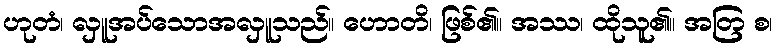
ဟုတံ၊ လှူအပ်သောအလှူသည်။ ဟောတိ၊ ဖြစ်၏။ အဿ၊ ထိုသူ၏။ အတြ စ၊